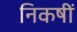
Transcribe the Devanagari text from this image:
निकषीं